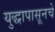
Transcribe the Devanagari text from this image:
युद्धापासूनचे